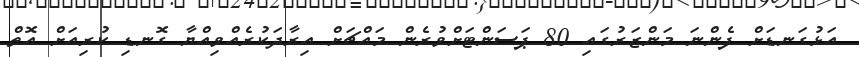
އަޅުގަނޑަށް ފެންނަ މަންޒަރުގައި 80 ޕަސަންޓަށްވުރެން މައްޗަށް އިރާދަކުރެއްވިއްޔާ ގޮނޑި ކުރިއަށް އޮތް